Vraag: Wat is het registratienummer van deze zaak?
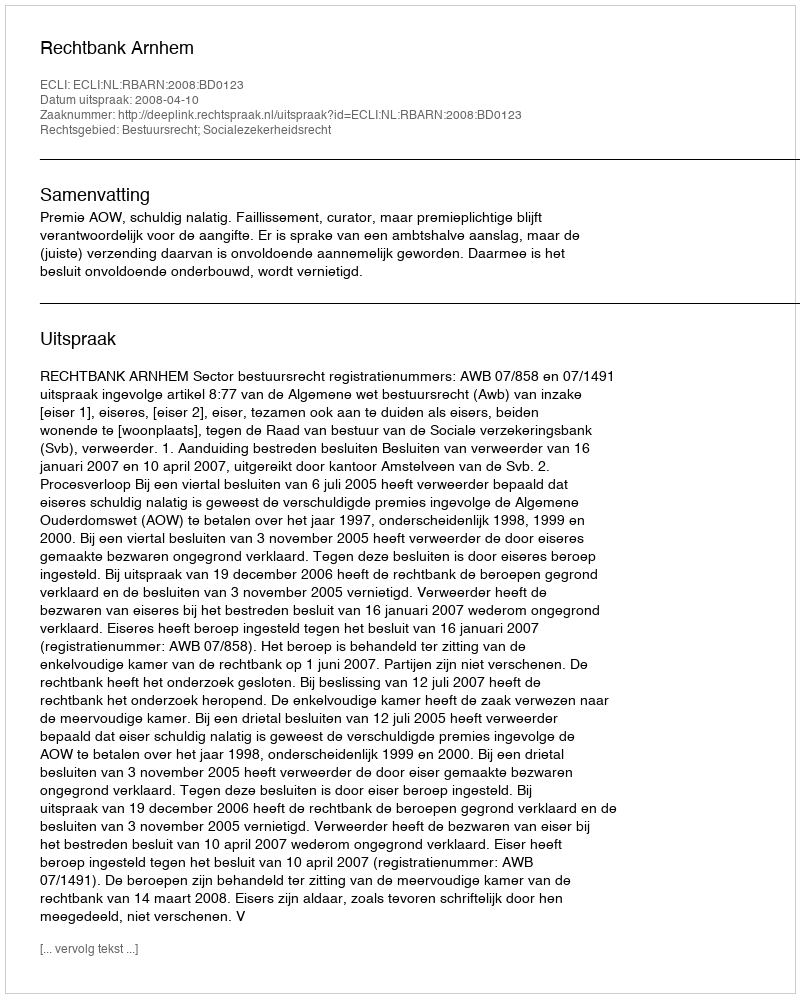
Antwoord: http://deeplink.rechtspraak.nl/uitspraak?id=ECLI:NL:RBARN:2008:BD0123